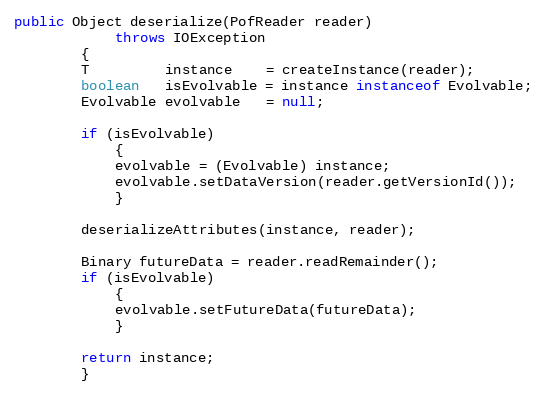
Language: Java
public Object deserialize(PofReader reader)
            throws IOException
        {
        T         instance    = createInstance(reader);
        boolean   isEvolvable = instance instanceof Evolvable;
        Evolvable evolvable   = null;

        if (isEvolvable)
            {
            evolvable = (Evolvable) instance;
            evolvable.setDataVersion(reader.getVersionId());
            }

        deserializeAttributes(instance, reader);

        Binary futureData = reader.readRemainder();
        if (isEvolvable)
            {
            evolvable.setFutureData(futureData);
            }

        return instance;
        }